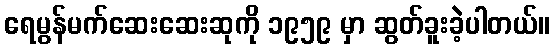
ရေမွန်မက်ဆေးဆေးဆုကို ၁၉၅၉ မှာ ဆွတ်ခူးခဲ့ပါတယ်။